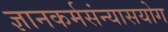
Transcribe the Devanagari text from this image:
ज्ञानकर्मसंन्यासयोग